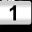
Digit: 1